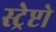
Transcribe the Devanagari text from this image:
स्ट्रेप्टो